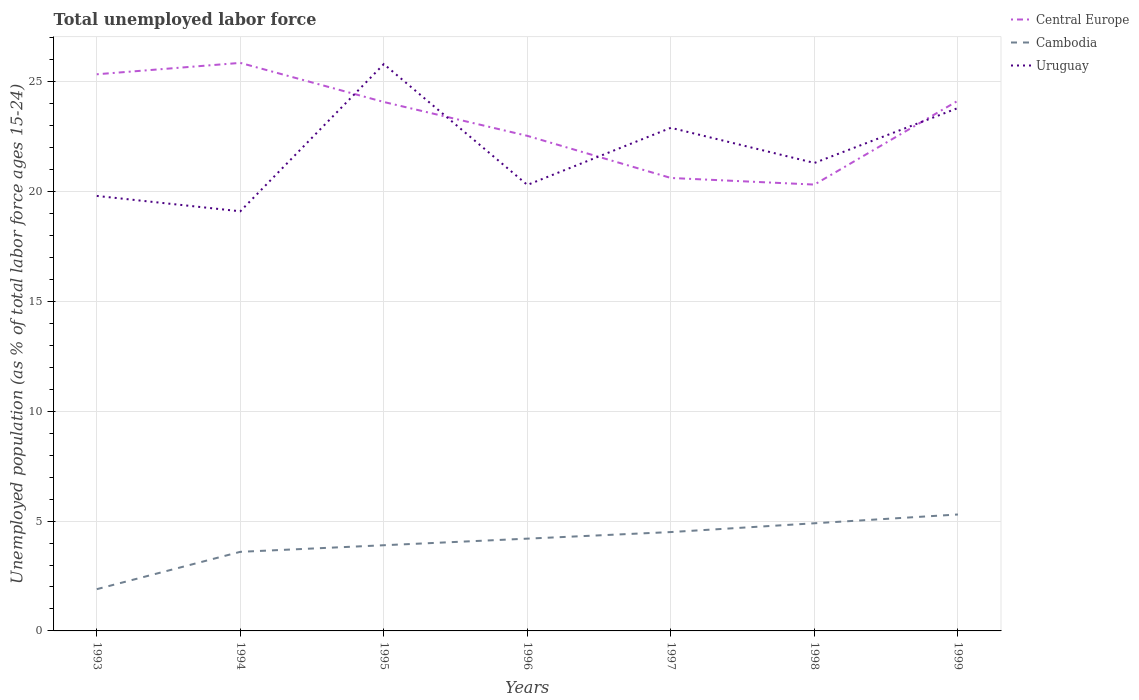
| Years | Central Europe | Cambodia | Uruguay |
 | --- | --- | --- | --- |
 | 1993 | 25.3 | 1.9 | 19.8 |
 | 1994 | 25.9 | 3.6 | 19.1 |
 | 1995 | 24.1 | 3.9 | 25.8 |
 | 1996 | 22.5 | 4.2 | 20.3 |
 | 1997 | 20.6 | 4.5 | 22.9 |
 | 1998 | 20.3 | 4.9 | 21.3 |
 | 1999 | 24.1 | 5.3 | 23.8 |